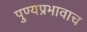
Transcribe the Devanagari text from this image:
पुण्यप्रभावाच